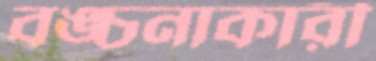
বঙ্চনাকারী